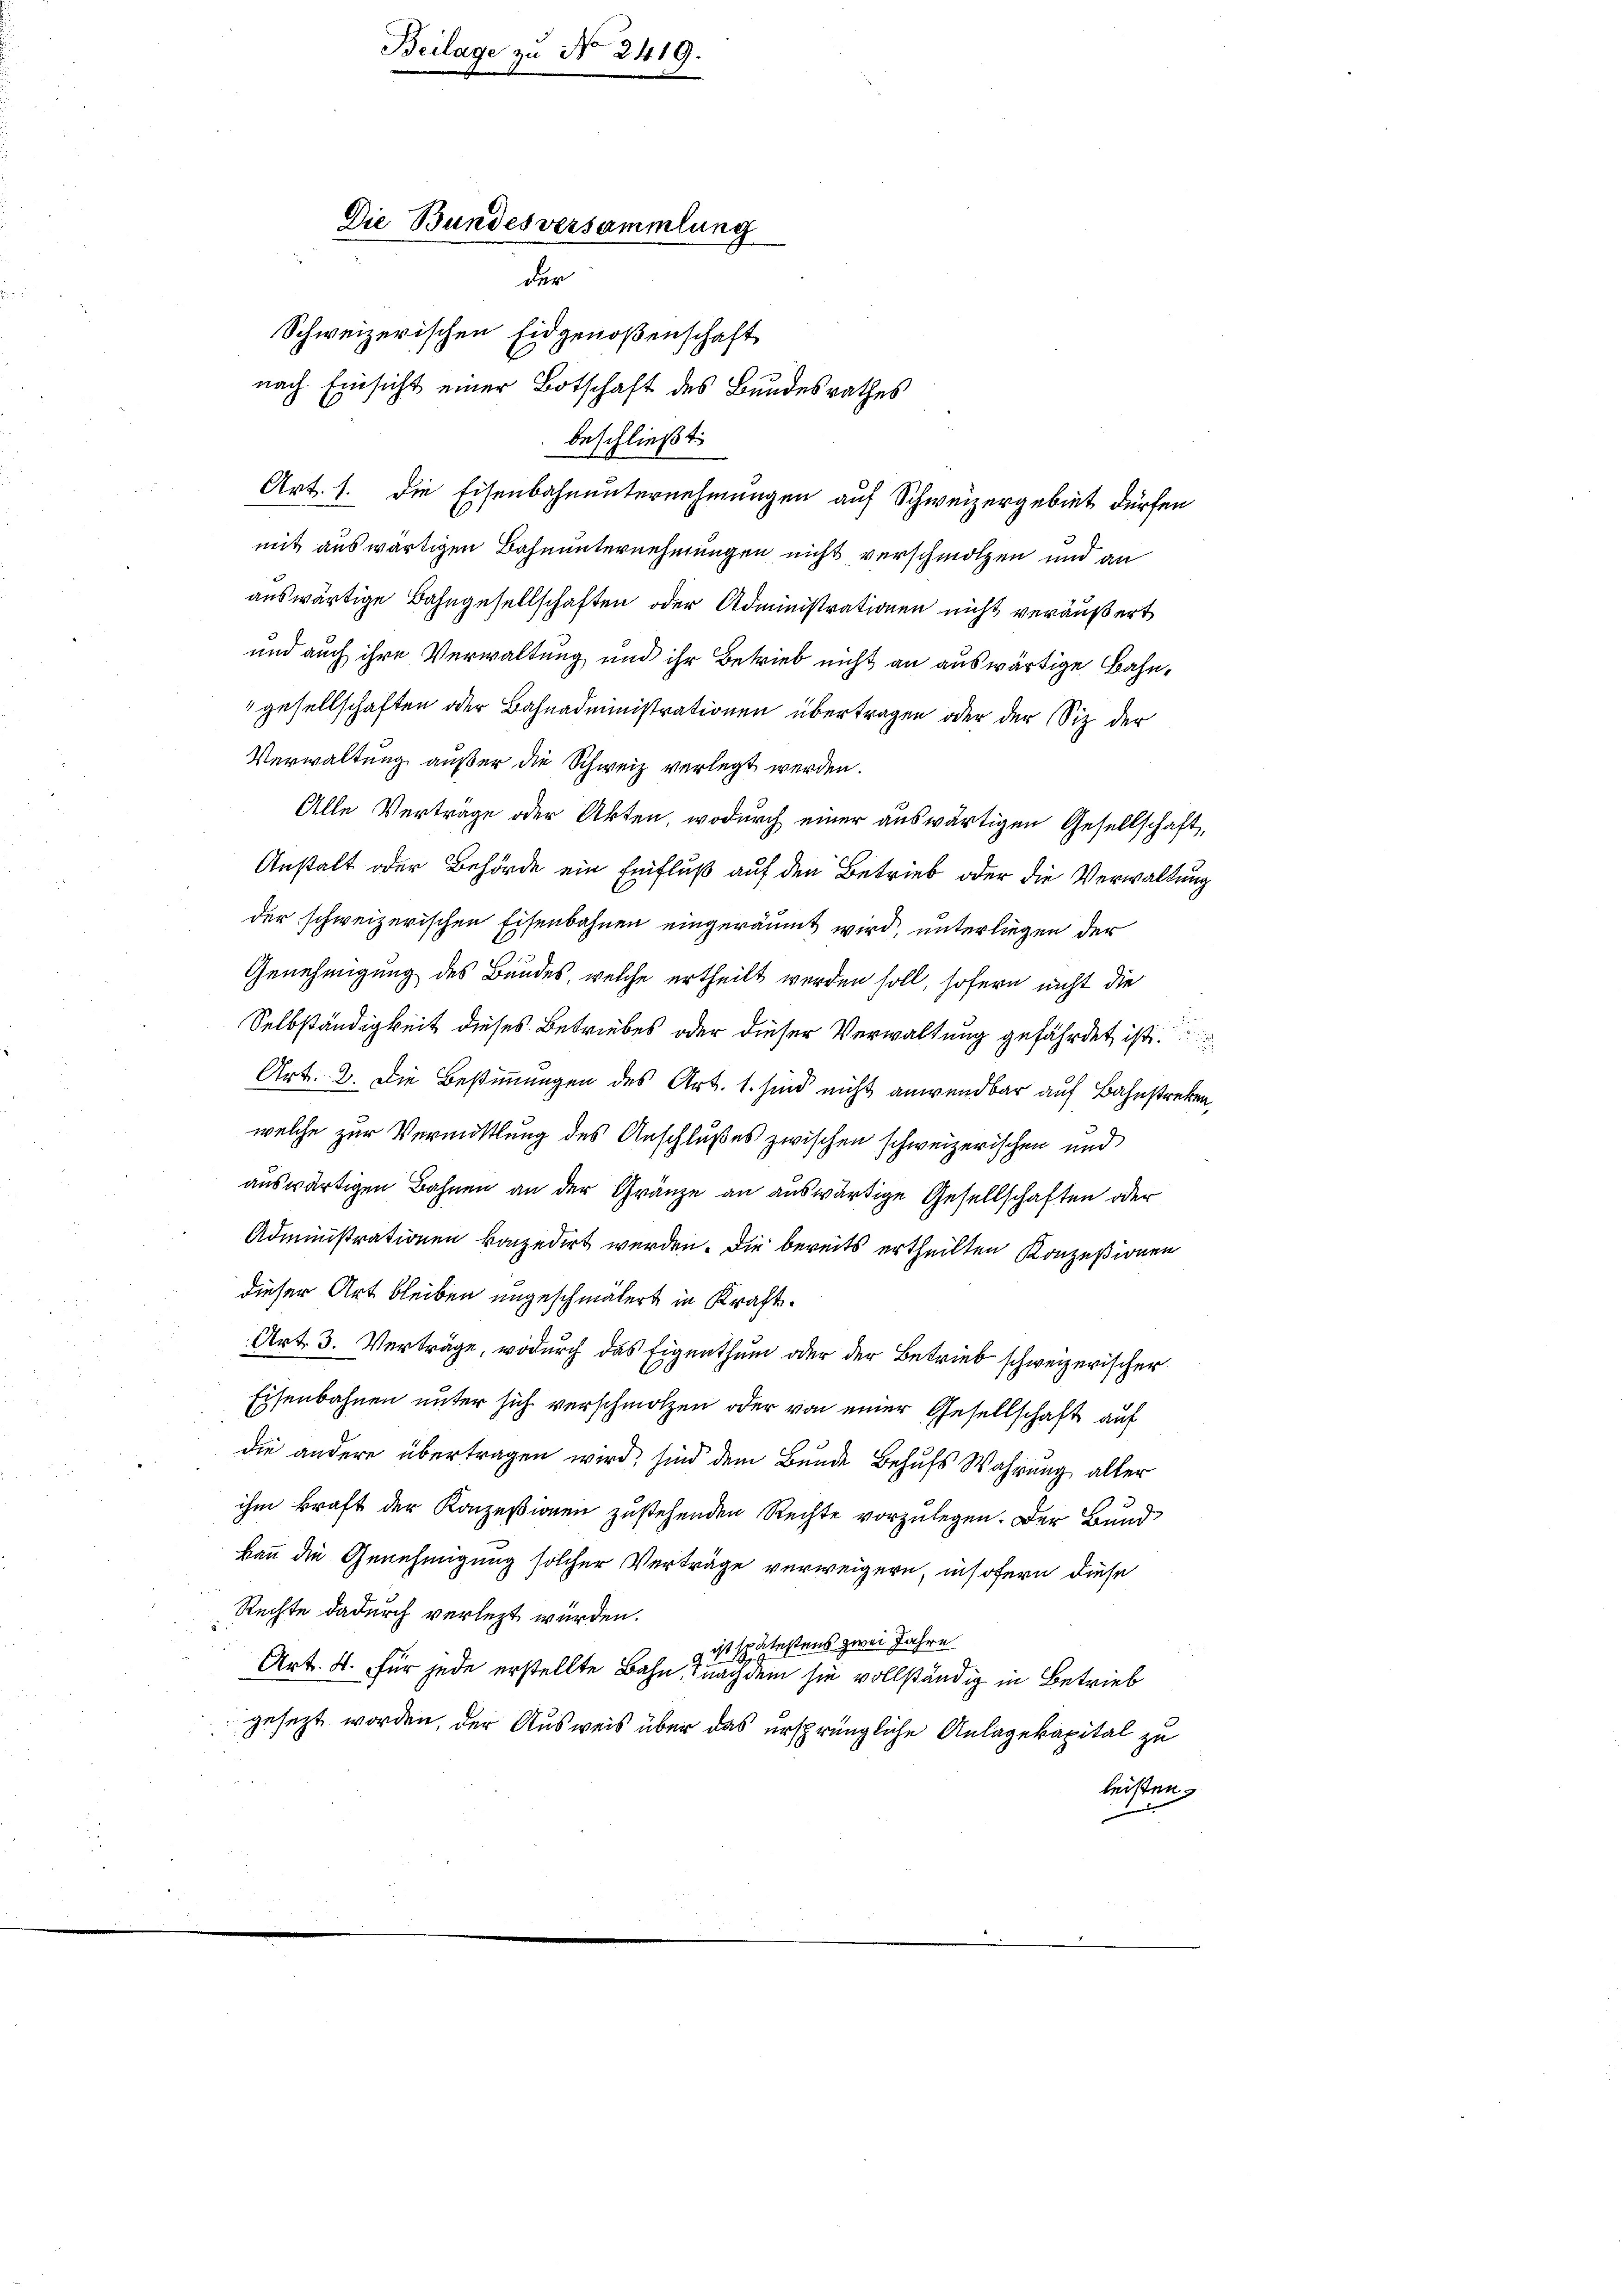
Beilage zu No 2419.

Die Bundesversammlung
der
Schweizerischen Eidgenoßenschaft

nach Einsicht einer Botschaft des Bundesrathes
beschließt:

Art. 1. Die Eisenbahnunternehmungen auf Schweizergebiet dürfen
mit auswärtigen Bahnunternehmungen nicht verschmolzen und an
auswärtige Bahngesellschaften oder Administrationen nicht veräußert
und auch ihre Verwaltung und ihr Betrieb nicht an auswärtige Bahn¬
"gesellschaften oder Bahnadministrationen übertragen oder der Sitz der
Verwaltung außer die Schweiz verlegt werden.
Alle Verträge oder Akten, wodurch einer auswärtigen Gesellschaft,
Anstalt oder Behörde ein Einfluß auf den Betrieb oder die Verwaltung
der schweizerischen Eisenbahnen eingeräumt wird, unterliegen der
Genehmigung des Bundes, welche ertheilt werden soll, sofern nicht die
Selbständigkeit dieses Betriebes oder dieser Verwaltung gefährdet ist.
Art. 2. Die Bestimmungen des Art. 1. sind nicht anwendbar auf Bahnstreben,
welche zur Vermittlung des Anschlußes zwischen schweizerischen und
auswärtigen Bahnen an der Gränze an auswärtige Gesellschaften oder
Administrationen konzedirt werden. Die bereits ertheilten Konzesionen
dieser Art bleiben ungeschmälert in Kraft¬
Art. 3. Verträge, wodurch das Eigenthum oder der Betrieb schweizerischer
Eisenbahnen unter sich verschmolzen oder von einer Gesellschaft auf
die andere übertragen wird, sind dem Bunde Behufs Wahrung aller
ihm kraft der Konzessionen zustehenden Rechte vorzulegen. Der Bund
kann die Genehmigung solcher Verträge verweigern, insofern diese
Rechte dadurch verletzt werden.
g ist spätestens zwei Jahre
Art. 4. für jede erstellte Bahn, nachdem sie vollständig in Betrieb
gesezt worden, der Ausweis über das ursprüngliche Anlagekapital zu
leisten.